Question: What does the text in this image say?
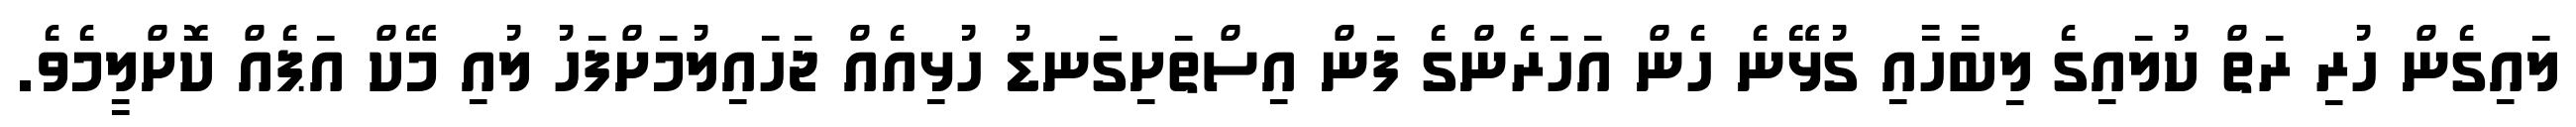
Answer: ލައިގެން ހުރި ރަތް ކުލައިގެ ލިބާހާއި ގުޅޭނެ ހެން އަހަރެންގެ ފަން އިސްތަށިގަނޑު ހުޅިއެއް ޖަހައިލުމަށްފަހު ލުއި މޭކް އަޕެއް ކޮށްލީމެވެ.